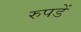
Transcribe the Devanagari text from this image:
रुपडें